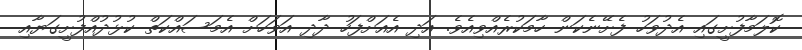
ކޮލަމާފުށީގައި އެދުވަހު ފެށޭނެކަން ހާމަކުރެއްވިއެވެ. އަދި އެއަށްފަހު ދާދި އަވަހަށް އެމަސައްކަތް ކުޅުދުއްފުށީގަޔާއި